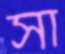
সা